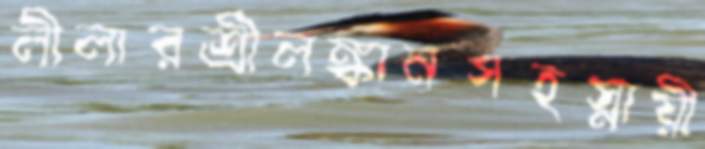
লীলারশ্রীলঙ্কানসহস্নায়ী